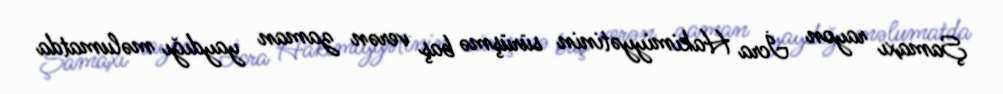
Şamaxı rayon İcra Hakimiyyətinin sürüşmə baş verən zaman yaydığı məlumatda